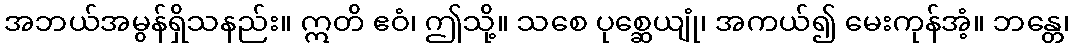
အဘယ်အမွန်ရှိသနည်း။ ဣတိ ဧဝံ၊ ဤသို့။ သစေ ပုစ္ဆေယျုံ၊ အကယ်၍ မေးကုန်အံ့။ ဘန္တေ၊